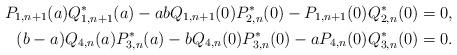
LaTeX: \begin{align*} P_{1,n+1}(a)Q_{1,n+1}^*(a)-a b Q_{1,n+1}(0)P_{2,n}^*(0)-P_{1,n+1}(0)Q_{2,n}^*(0)=0, \\ (b-a)Q_{4,n}(a)P_{3,n}^*(a) - b Q_{4,n}(0)P_{3,n}^*(0) - a P_{4,n}(0)Q_{3,n}^*(0) = 0. \end{align*}